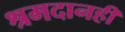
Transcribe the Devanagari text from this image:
श्रमदानही